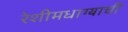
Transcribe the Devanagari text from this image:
रेशीमधाग्याची